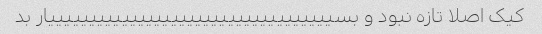
کیک اصلا تازه نبود و بسیییییییییییییییییییییییییییییییییییار بد